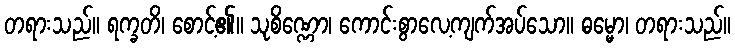
တရားသည်။ ရက္ခတိ၊ စောင့်၏။ သုစိဏ္ဏော၊ ကောင်းစွာလေ့ကျက်အပ်သော။ ဓမ္မော၊ တရားသည်။